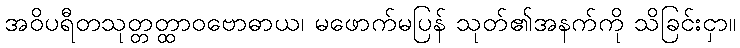
အဝိပရီတသုတ္တတ္ထာဝဗောဓာယ၊ မဖောက်မပြန် သုတ်၏အနက်ကို သိခြင်းငှာ။